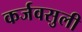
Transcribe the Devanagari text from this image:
कर्जवसुली